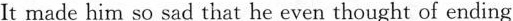
It made him so sad that he even thought of ending